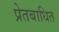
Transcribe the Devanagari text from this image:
प्रेतबाधित